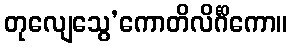
တုလျေသွေ’ကောတိလိင်္ဂိကော။